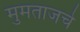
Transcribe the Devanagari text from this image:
मुमताजचे